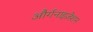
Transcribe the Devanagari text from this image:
और्गनाइज़ेशन